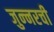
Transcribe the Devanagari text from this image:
जुन्‍नरची